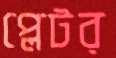
প্লেটর